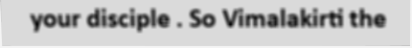
your disciple . So Vimalakirti the